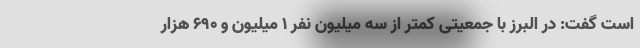
است گفت: در البرز با جمعیتی کمتر از سه میلیون نفر ۱ میلیون و ۶۹۰ هزار